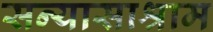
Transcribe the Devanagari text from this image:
सन्यासाश्राम